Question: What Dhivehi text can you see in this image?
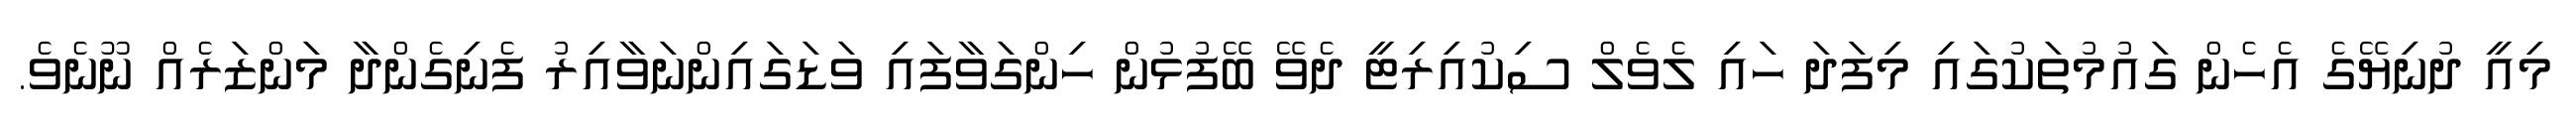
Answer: މިއީ ދުނިޔޭގެ އެހެން ގައުމުތަކުގައި މިފަދަ ހައި ލެވެލް ސިކުއިރިޓީ ދެވޭ ބޭފުޅުން ހިންގަވާފައި ވަޑަގައިންނަވާއިރު ފެނިގެންދާ މަންޒަރެއް ނޫނެވެ.